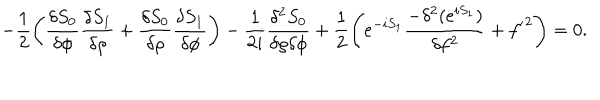
LaTeX: - \frac { 1 } { 2 } \left( \frac { \delta S _ { 0 } } { \delta \phi } \frac { \delta S _ { 1 } } { \delta \rho } + \frac { \delta S _ { 0 } } { \delta \rho } \frac { \delta S _ { 1 } } { \delta \phi } \right) - \frac { 1 } { 2 i } \frac { \delta ^ { 2 } S _ { 0 } } { \delta \rho \delta \phi } + \frac { 1 } { 2 } \left( e ^ { - i S _ { 1 } } \frac { - \delta ^ { 2 } ( e ^ { i S _ { 1 } } ) } { \delta f ^ { 2 } } + { f ^ { \prime } } ^ { 2 } \right) = 0 .